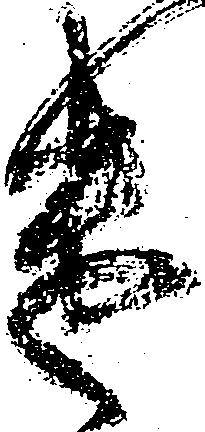
遣